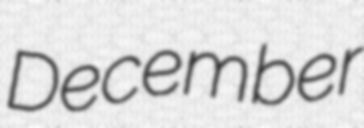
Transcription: December